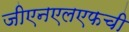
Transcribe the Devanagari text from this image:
जीएनएलएफची